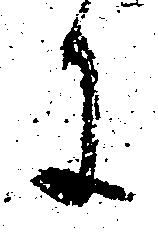
に